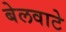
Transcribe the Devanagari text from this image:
बेलवाटे